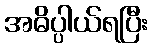
အဓိပ္ပါယ်ရပြီး